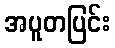
အပူတပြင်း